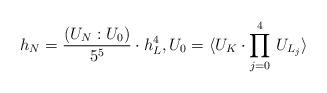
LaTeX: \begin{align*}h_N=\frac{(U_N:U_0)}{5^5}\cdot h_L^4,U_0=\langle U_K\cdot\prod_{j=0}^4\,U_{L_j}\rangle\end{align*}